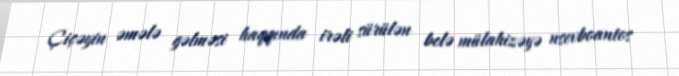
Çiçəyin əmələ gəlməsi haqqında irəli sürülən belə mülahizəyə nsevboantos